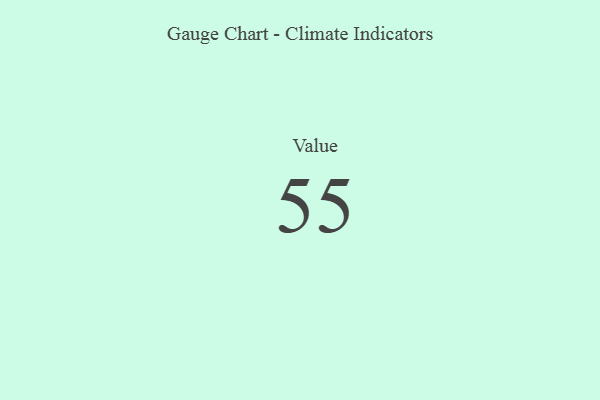
{"axis": {"x": "Metric", "y": "Value"}, "legend": [""], "data": [{"x": "Value", "y": 55, "type": ""}]}